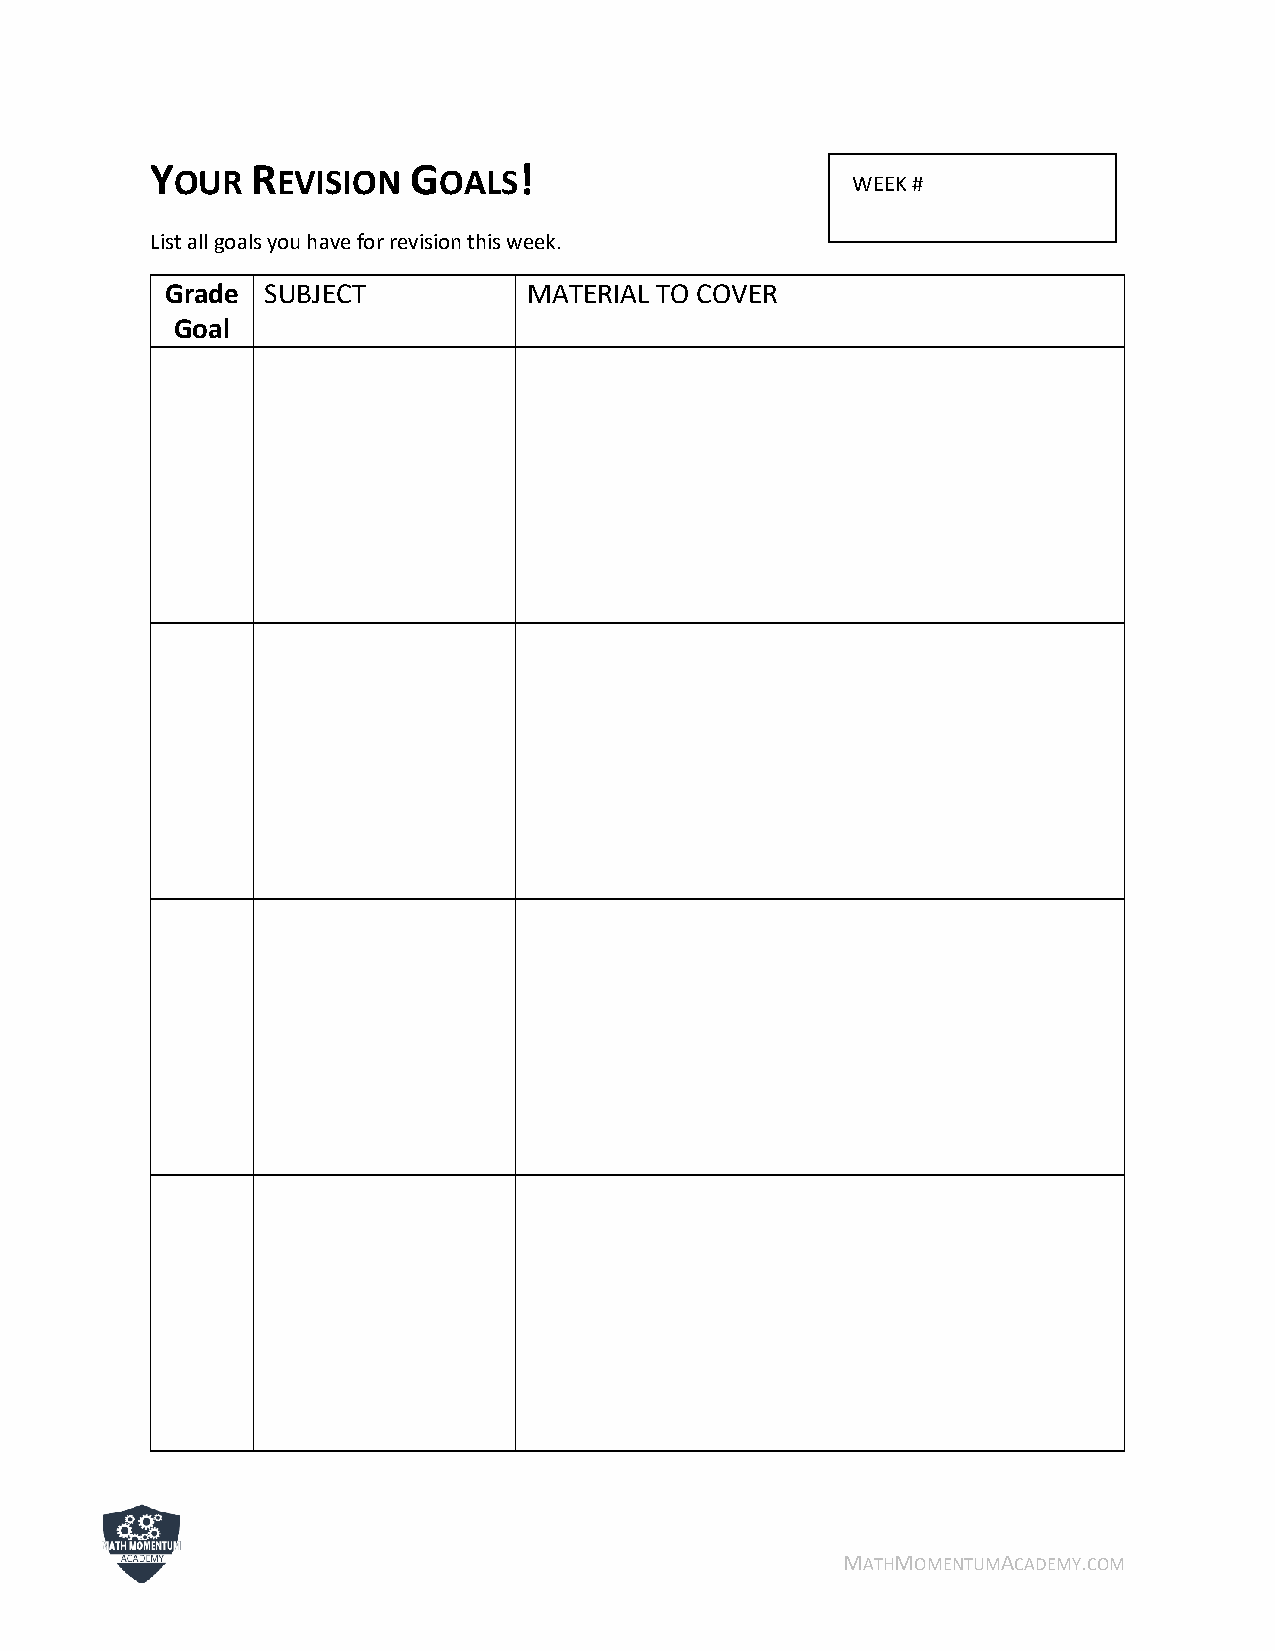
Y      R         G      !
 OUR   EVISION    OALS
 WEEK #
 List all goals you have for revision this week.
 Grade SUBJECT           MATERIAL TO COVER
 Goal
 MATHMOMENTUMACADEMY.COM